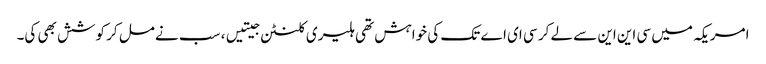
امریکہ میں سی این این سے لے کر سی ای اے تک کی خواہش تھی ہلیری کلنٹن جیتیں، سب نے مل کر کوشش بھی کی۔